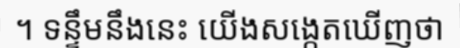
។ ទន្ទឹមនឹងនេះ យើងសង្កេតឃើញថា